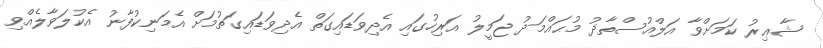
ޝާޢިރު ކަމަށްވާ އަލްއުސްތާޛު މުޙައްމަދު ޖަމީލު އަރިހުގައި އެދިވަޑައިގަތް އެދިވަޑައިގަތުމަށް އެމަނިކުފާނު އެކުލަވާލެއްވި